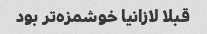
قبلا لازانیا خوشمزه‌تر بود